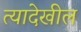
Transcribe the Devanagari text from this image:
त्यादेखील